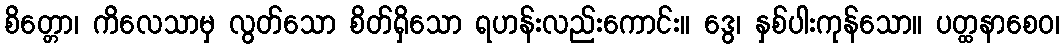
စိတ္တော၊ ကိလေသာမှ လွတ်သော စိတ်ရှိသော ရဟန်းလည်းကောင်း။ ဒွေ၊ နှစ်ပါးကုန်သော။ ပတ္ထနာစေဝ၊